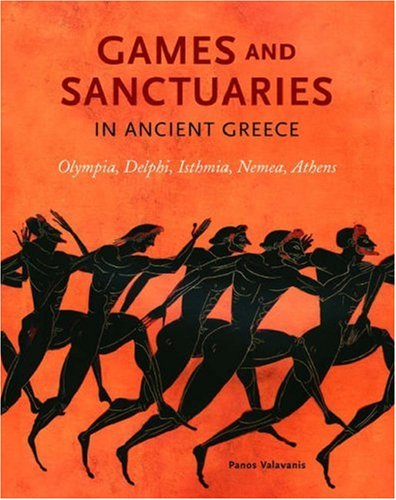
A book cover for Games and Sanctuaries in Ancient Greece: Olympia, Delphi, Isthmia, Nemea, Athens; Panos Valavanis; Sports & Outdoors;